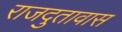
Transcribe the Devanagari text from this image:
राजदुतावास